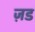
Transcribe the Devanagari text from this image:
ज़ड